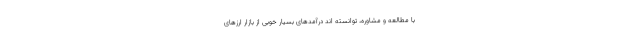
با مطالعه و مشاوره، توانسته اند درآمدهای بسیار خوبی از بازار ارزهای